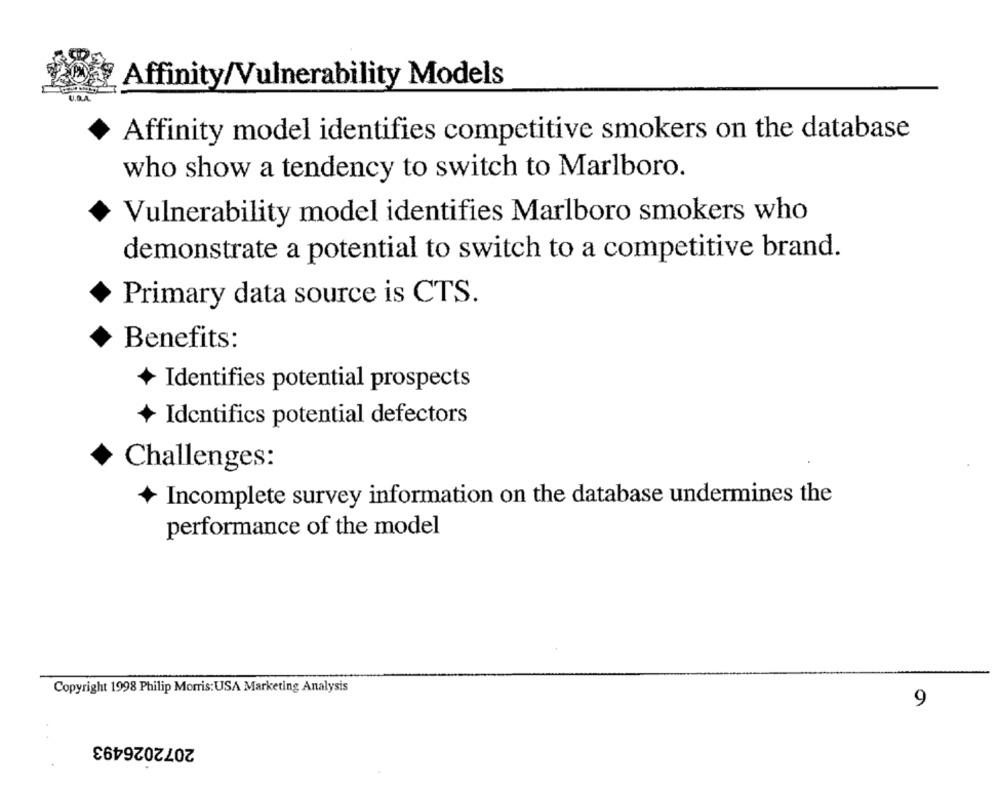
Affinity/Vulnerability Models
Affinity model identifies competitive smokers on the database
who show a tendency to switch to Marlboro.
Vulnerability model identifies Marlboro smokers who
demonstrate a potential to switch to a competitive brand.
Primary data source is CTS.
Benefits:
Identifies potential prospects
Identifics potential defectors
Challenges:
Incomplete survey information on the database undermines the
performance of the model
Copyright 1998 Philip Morris: USA Marketing Analysis
9
2072026493